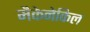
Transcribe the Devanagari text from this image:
मैकेनेकिल